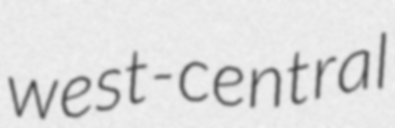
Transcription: west-central